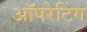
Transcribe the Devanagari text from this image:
अॉपरेटिंग